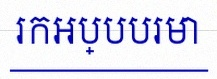
រកអប្បបរមា